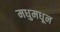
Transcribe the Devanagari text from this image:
मधुमधून